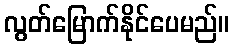
လွတ်မြောက်နိုင်ပေမည်။